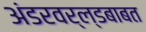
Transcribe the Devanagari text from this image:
अंडरवर्ल्डबाबत